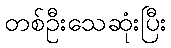
တစ်ဦးသေဆုံးပြီး